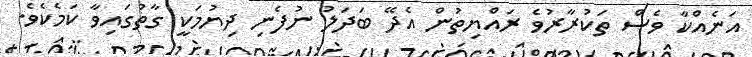
އަނެއްކާ ވެސް ތަކުރާރުވެ ރައްޔިތުން އެދޭ ބަދަލު ނުފެނި ދިޔުމަކީ ގާތުގައިިވާ ކަމެކެވެ.